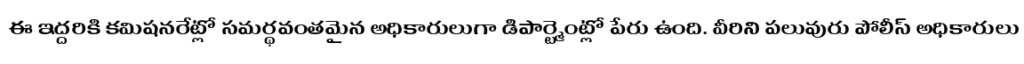
ఈ ఇద్దరికి కమిషనరేట్లో సమర్థవంతమైన అధికారులుగా డిపార్ట్మెంట్లో పేరు ఉంది. వీరిని పలువురు పోలీస్ అధికారులు